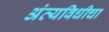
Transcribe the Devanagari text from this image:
अंत्यविधीचा